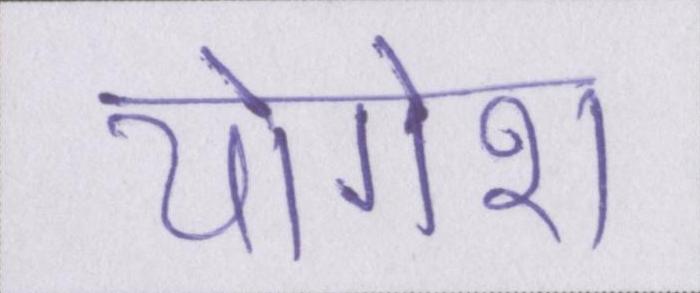
योगेश